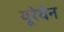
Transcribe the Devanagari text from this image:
यूरेथेन